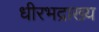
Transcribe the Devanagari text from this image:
धीरभद्राख्य